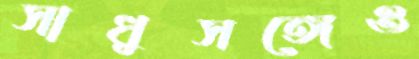
সাধুসঙ্গেও